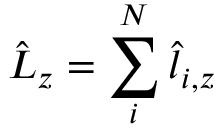
\hat { L } _ { z } = \sum _ { i } ^ { N } \hat { l } _ { i , z }